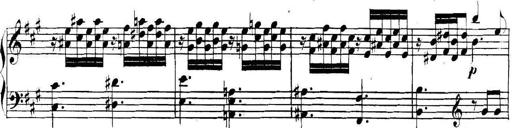
Title: Collected Piano Sonatas
Composer: Muzio Clementi